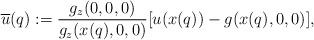
LaTeX: \begin{align*} \overline{u}(q):= \frac{g_z(0,0,0)}{g_z(x(q),0,0)}[u(x(q)) - g(x(q),0,0)], \end{align*}